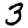
Digit: 3